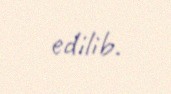
edilib.